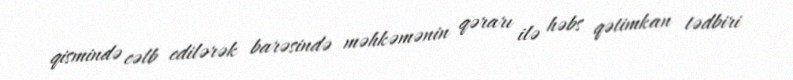
qismində cəlb edilərək barəsində məhkəmənin qərarı ilə həbs qətimkan tədbiri